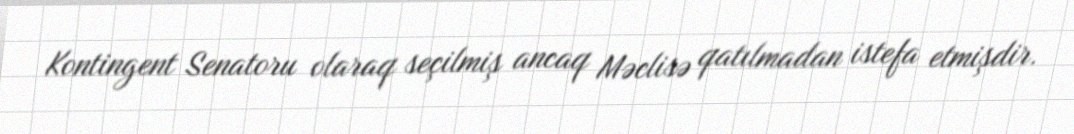
Kontingent Senatoru olaraq seçilmiş ancaq Məclisə qatılmadan istefa etmişdir.